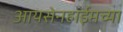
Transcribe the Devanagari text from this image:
आयसेनहाईमच्या